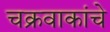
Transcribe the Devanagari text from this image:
चक्रवाकांचे